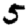
Digit: 5